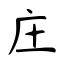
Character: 庄